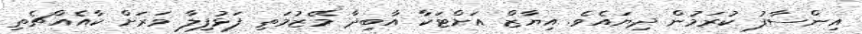
އިންސާފު ކުރަމުން ދިޔައެވެ. އިޔާޒް އަށްޓަކާ އާބިދާ މޭޒުމަތި ފަޅުފިލާ ވަރަށް ކާއެއްޗެތި